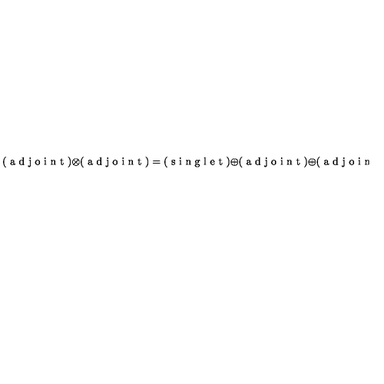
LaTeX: ( \textup { a d j o i n t } ) \otimes ( \textup { a d j o i n t } ) = ( \textup { s i n g l e t } ) \oplus ( \textup { a d j o i n t } ) \oplus ( \textup { a d j o i n t } ) ^ { \prime } \oplus \ldots